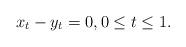
LaTeX: \begin{align*}x_t-y_t=0,0\le t\le 1.\end{align*}